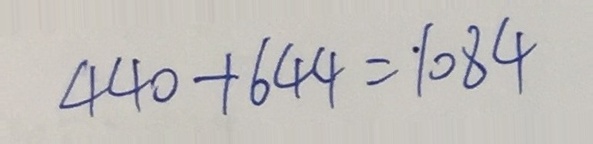
4 4 0 + 6 4 4 = 1 0 8 4